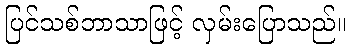
ပြင်သစ်ဘာသာဖြင့် လှမ်းပြောသည်။